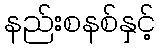
နည်းစနစ်နှင့်